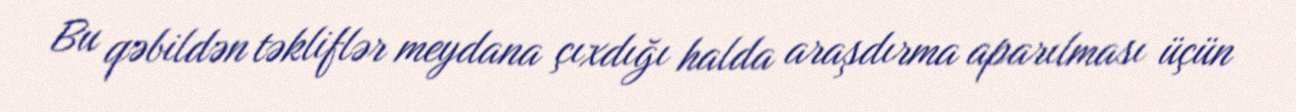
Bu qəbildən təkliflər meydana çıxdığı halda araşdırma aparılması üçün